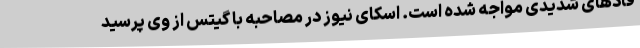
قادهای شدیدی مواجه شده است. اسکای نیوز در مصاحبه با گیتس از وی پرسید